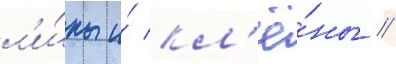
л'и́пы и́ кл'ё́ны //